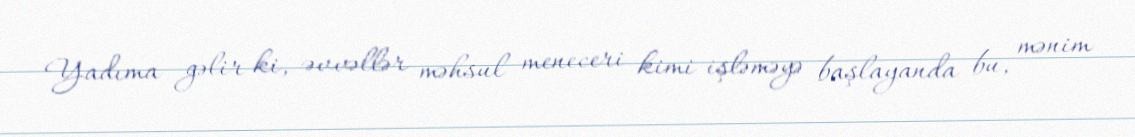
Yadıma gəlir ki, əvvəllər məhsul meneceri kimi işləməyə başlayanda bu, mənim